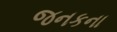
જનકના